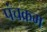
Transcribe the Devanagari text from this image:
पंचक्रम